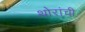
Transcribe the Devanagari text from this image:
थोरांची